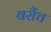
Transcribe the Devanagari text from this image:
बरौंच